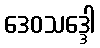
ဒေဝသဒ္ဒေါ